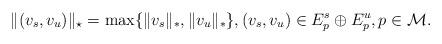
LaTeX: \begin{align*} \Vert (v_{s},v_{u})\Vert_{\star}=\max\{\Vert v_{s}\Vert_{\ast} ,\Vert v_{u}\Vert _{\ast}\}, (v_{s},v_{u})\in E_{p}^{s}\oplus E_{p}^{u}, p\in \mathcal{M}. \end{align*}